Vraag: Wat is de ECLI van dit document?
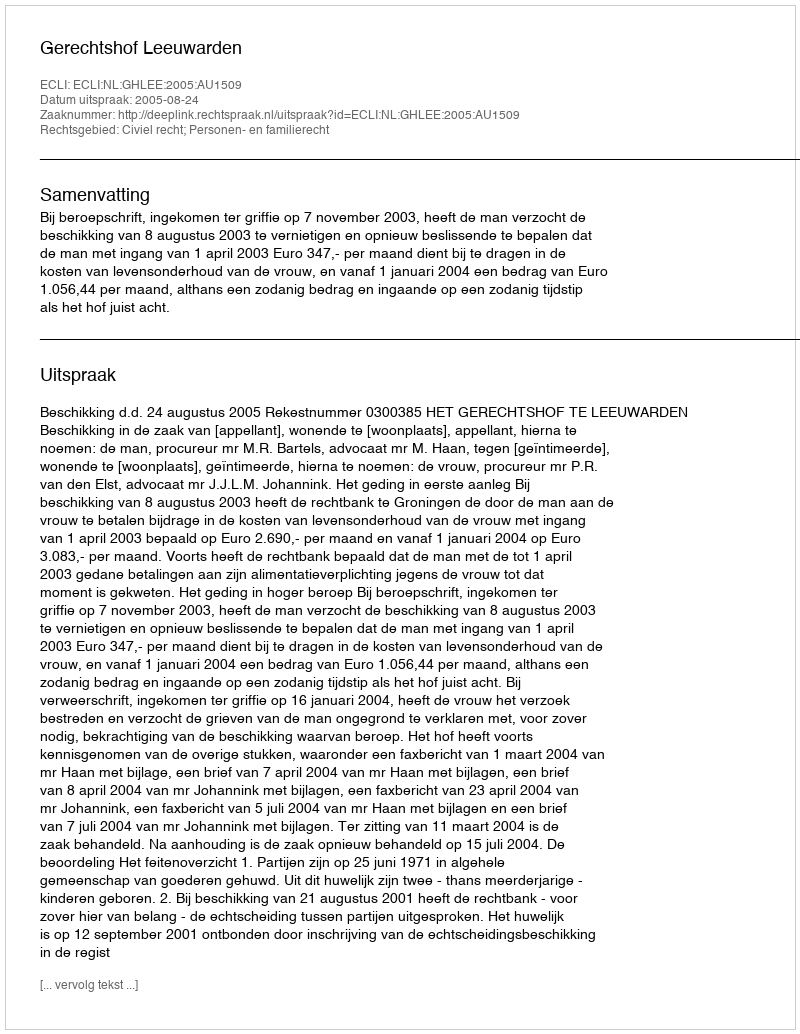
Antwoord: ECLI:NL:GHLEE:2005:AU1509